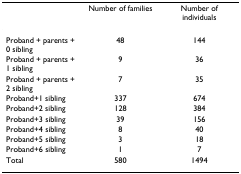
|  | Number of families | Number of individuals |
 | --- | --- | --- |
 | Proband + parents + 0 sibling | 48 | 144 |
 | Proband + parents + 1 sibling | 9 | 36 |
 | Proband + parents + 2 sibling | 7 | 35 |
 | Proband+1 sibling | 337 | 674 |
 | Proband+2 sibling | 128 | 384 |
 | Proband+3 sibling | 39 | 156 |
 | Proband+4 sibling | 8 | 40 |
 | Proband+5 sibling | 3 | 18 |
 | Proband+6 sibling | 1 | 7 |
 | Total | 580 | 1494 |